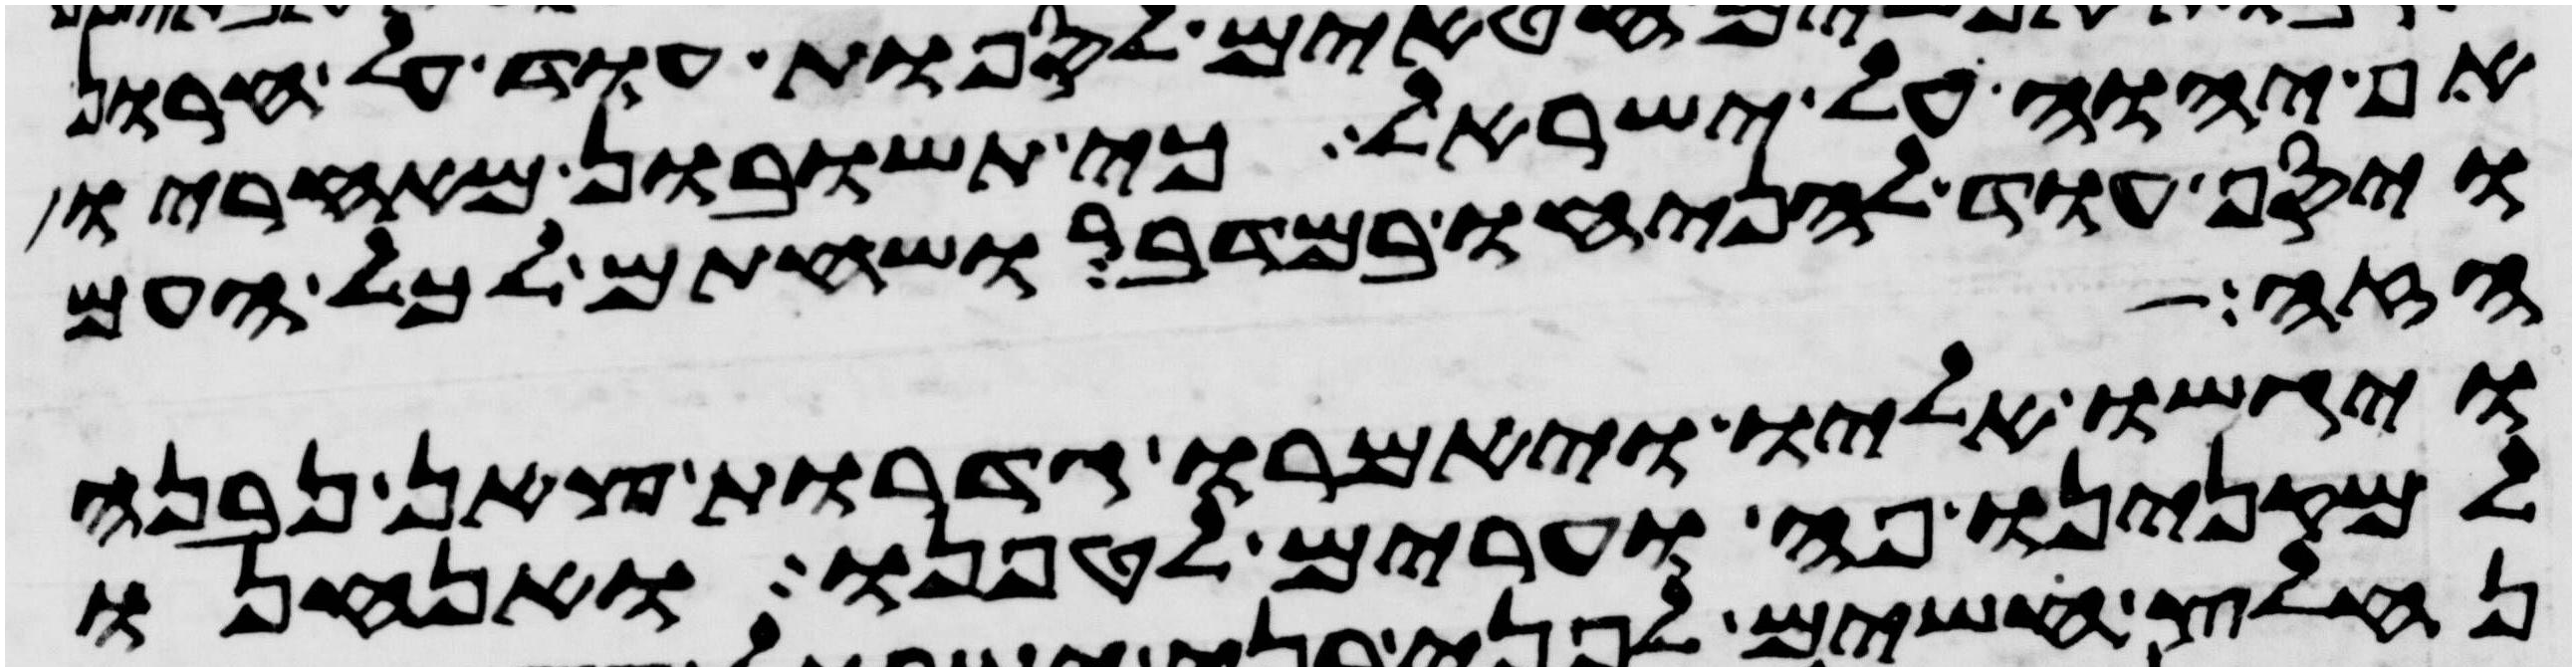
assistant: אף יהוה על ישראל כי תשובון מאחריו
ויסף עוד להניחו במדבר ושחתם לכל העם
הזה
ויגשו אליו ויאמרו גדרות צאן נבנה
למקנינו פה וערים לטפנו ואנחנו